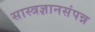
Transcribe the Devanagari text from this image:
सास्त्रज्ञानसंपन्न